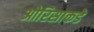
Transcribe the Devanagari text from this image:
ओरिसाकडे